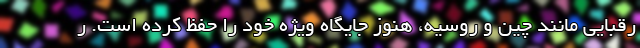
رقبایی مانند چین و روسیه، هنوز جایگاه ویژه خود را حفظ کرده است. ر